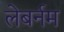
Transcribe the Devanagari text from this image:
लेबर्नम